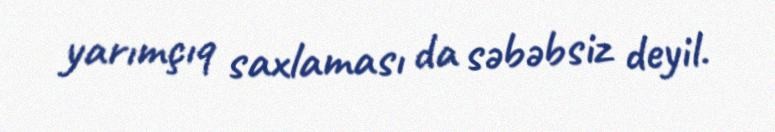
yarımçıq saxlaması da səbəbsiz deyil.